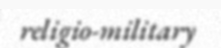
religio-military